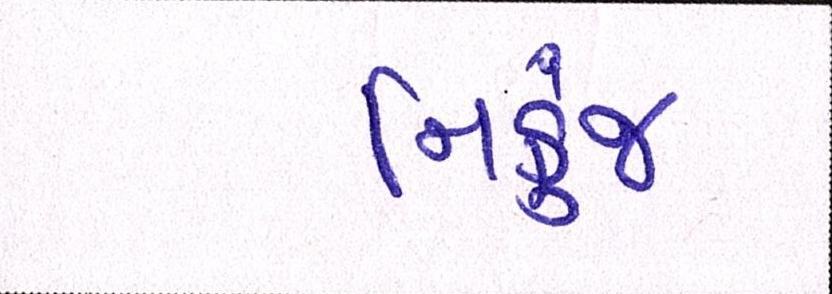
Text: નિકુંજ